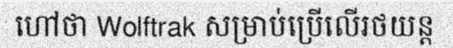
ហៅថា Wolftrak សម្រាប់ប្រើលើរថយន្ត